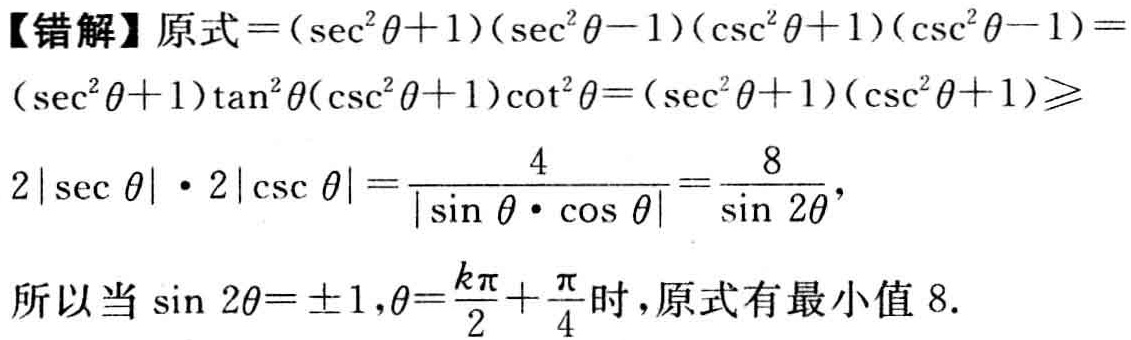
【错解】原式\(=(\sec^{2}\theta + 1)(\sec^{2}\theta - 1)(\csc^{2}\theta + 1)(\csc^{2}\theta - 1)=\)

\((\sec^{2}\theta + 1)\tan^{2}\theta(\csc^{2}\theta + 1)\cot^{2}\theta = (\sec^{2}\theta + 1)(\csc^{2}\theta + 1)\geqslant\)

\(2|\sec\theta|\cdot2|\csc\theta|=\frac{4}{|\sin\theta\cdot\cos\theta|}=\frac{8}{\sin2\theta}\)，

所以当\(\sin2\theta = \pm1,\theta=\frac{k\pi}{2}+\frac{\pi}{4}\)时，原式有最小值\(8\).